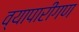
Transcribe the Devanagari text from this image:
व्‍यापारीगण